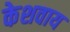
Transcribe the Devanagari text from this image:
केशवाय